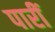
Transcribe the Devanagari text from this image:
पारीं